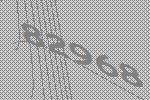
82968